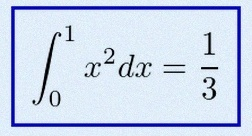
\int_0^1 x^2dx=\frac13